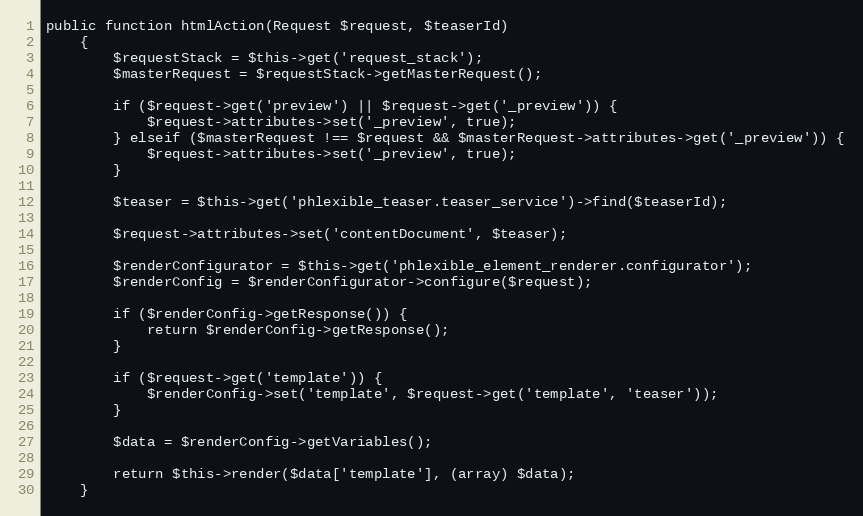
Language: PHP
public function htmlAction(Request $request, $teaserId)
    {
        $requestStack = $this->get('request_stack');
        $masterRequest = $requestStack->getMasterRequest();

        if ($request->get('preview') || $request->get('_preview')) {
            $request->attributes->set('_preview', true);
        } elseif ($masterRequest !== $request && $masterRequest->attributes->get('_preview')) {
            $request->attributes->set('_preview', true);
        }

        $teaser = $this->get('phlexible_teaser.teaser_service')->find($teaserId);

        $request->attributes->set('contentDocument', $teaser);

        $renderConfigurator = $this->get('phlexible_element_renderer.configurator');
        $renderConfig = $renderConfigurator->configure($request);

        if ($renderConfig->getResponse()) {
            return $renderConfig->getResponse();
        }

        if ($request->get('template')) {
            $renderConfig->set('template', $request->get('template', 'teaser'));
        }

        $data = $renderConfig->getVariables();

        return $this->render($data['template'], (array) $data);
    }